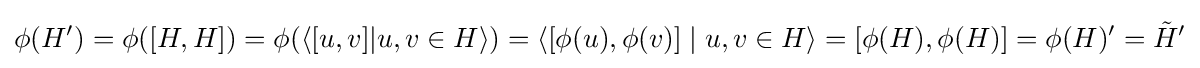
\phi (H')=\phi ([H,H])=\phi (\langle [u,v]|u,v\in H\rangle )=\langle [\phi (u),\phi (v)]\mid u,v\in H\rangle =[\phi (H),\phi (H)]=\phi (H)'={\tilde {H}}'